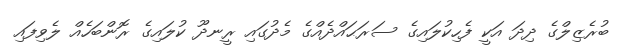
ބުރެޒިލްގެ ދިދަ އަކީ ފެހިކުލައިގެ ސަރަޙައްދެއްގެ މެދުގައި ރީނދޫ ކުލައިގެ ރޮންބަހެއް ލެވިފައި